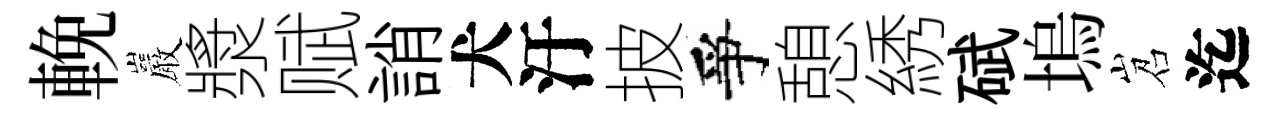
輓巖漿赋誚犬汙披爭憩綉碔塢岧迄